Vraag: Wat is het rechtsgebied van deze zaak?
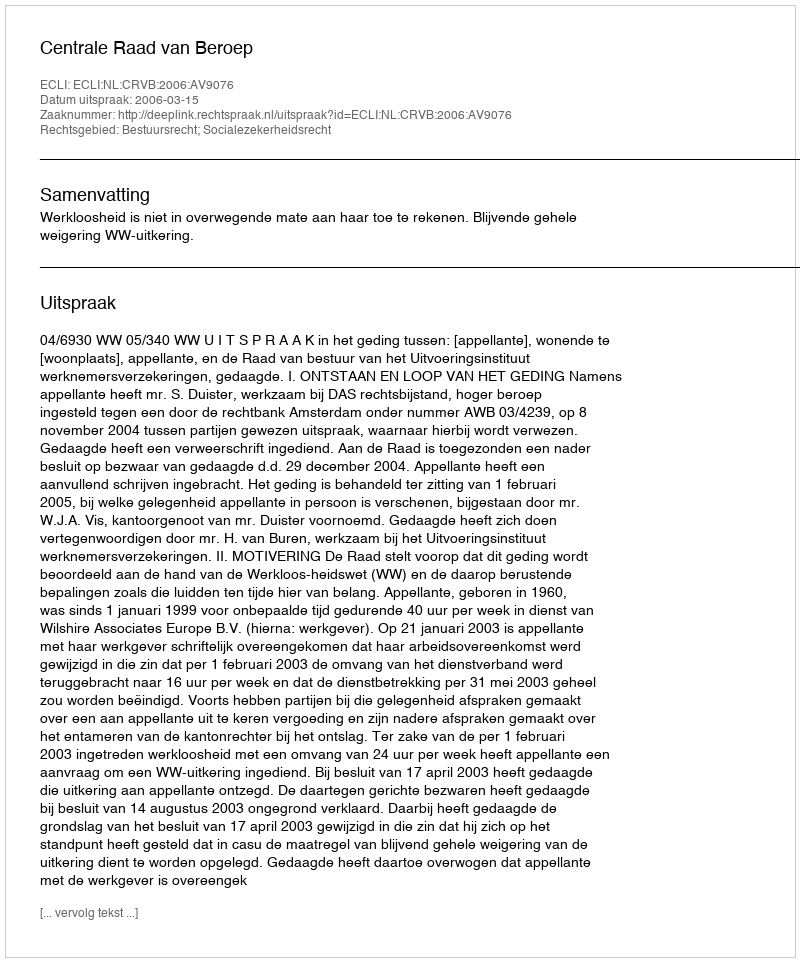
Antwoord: Bestuursrecht; Socialezekerheidsrecht